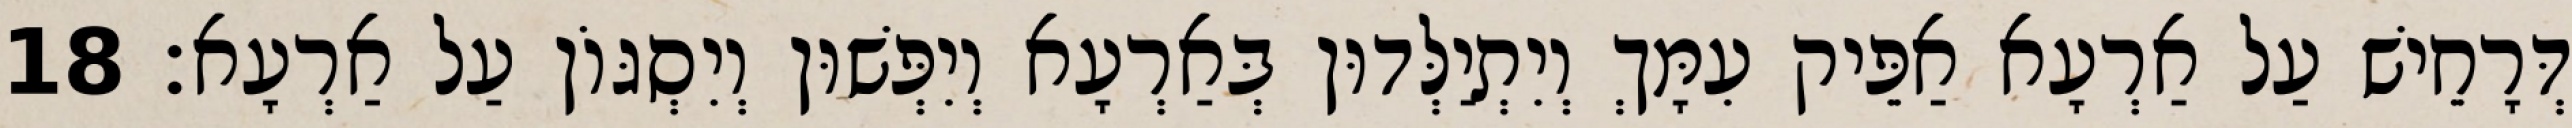
דְּרָחֵישׁ עַל אַרְעָא אַפֵּיק עִמָּךְ וְיִתְיַלְּדוּן בְּאַרְעָא וְיִפְּשׁוּן וְיִסְגּוֹן עַל אַרְעָא׃ 18